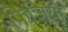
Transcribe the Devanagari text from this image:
फिज़ियो